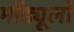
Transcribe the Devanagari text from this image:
मॉड्यूलो